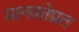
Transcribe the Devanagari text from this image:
मानवतेप्रत